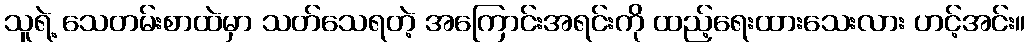
သူရဲ့ သေတမ်းစာထဲမှာ သတ်သေရတဲ့ အကြောင်းအရင်းကို ထည့်ရေးထားသေးလား ဟင့်အင်း။